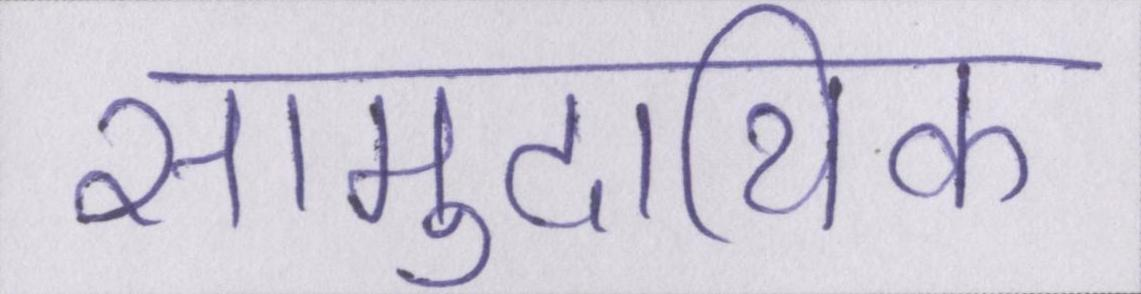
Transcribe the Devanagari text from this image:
सामुदायिक